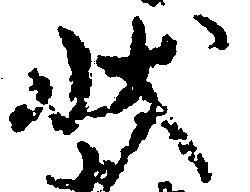
状